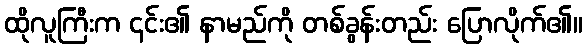
ထိုလူကြီးက ၎င်း၏ နာမည်ကို တစ်ခွန်းတည်း ပြောလိုက်၏။